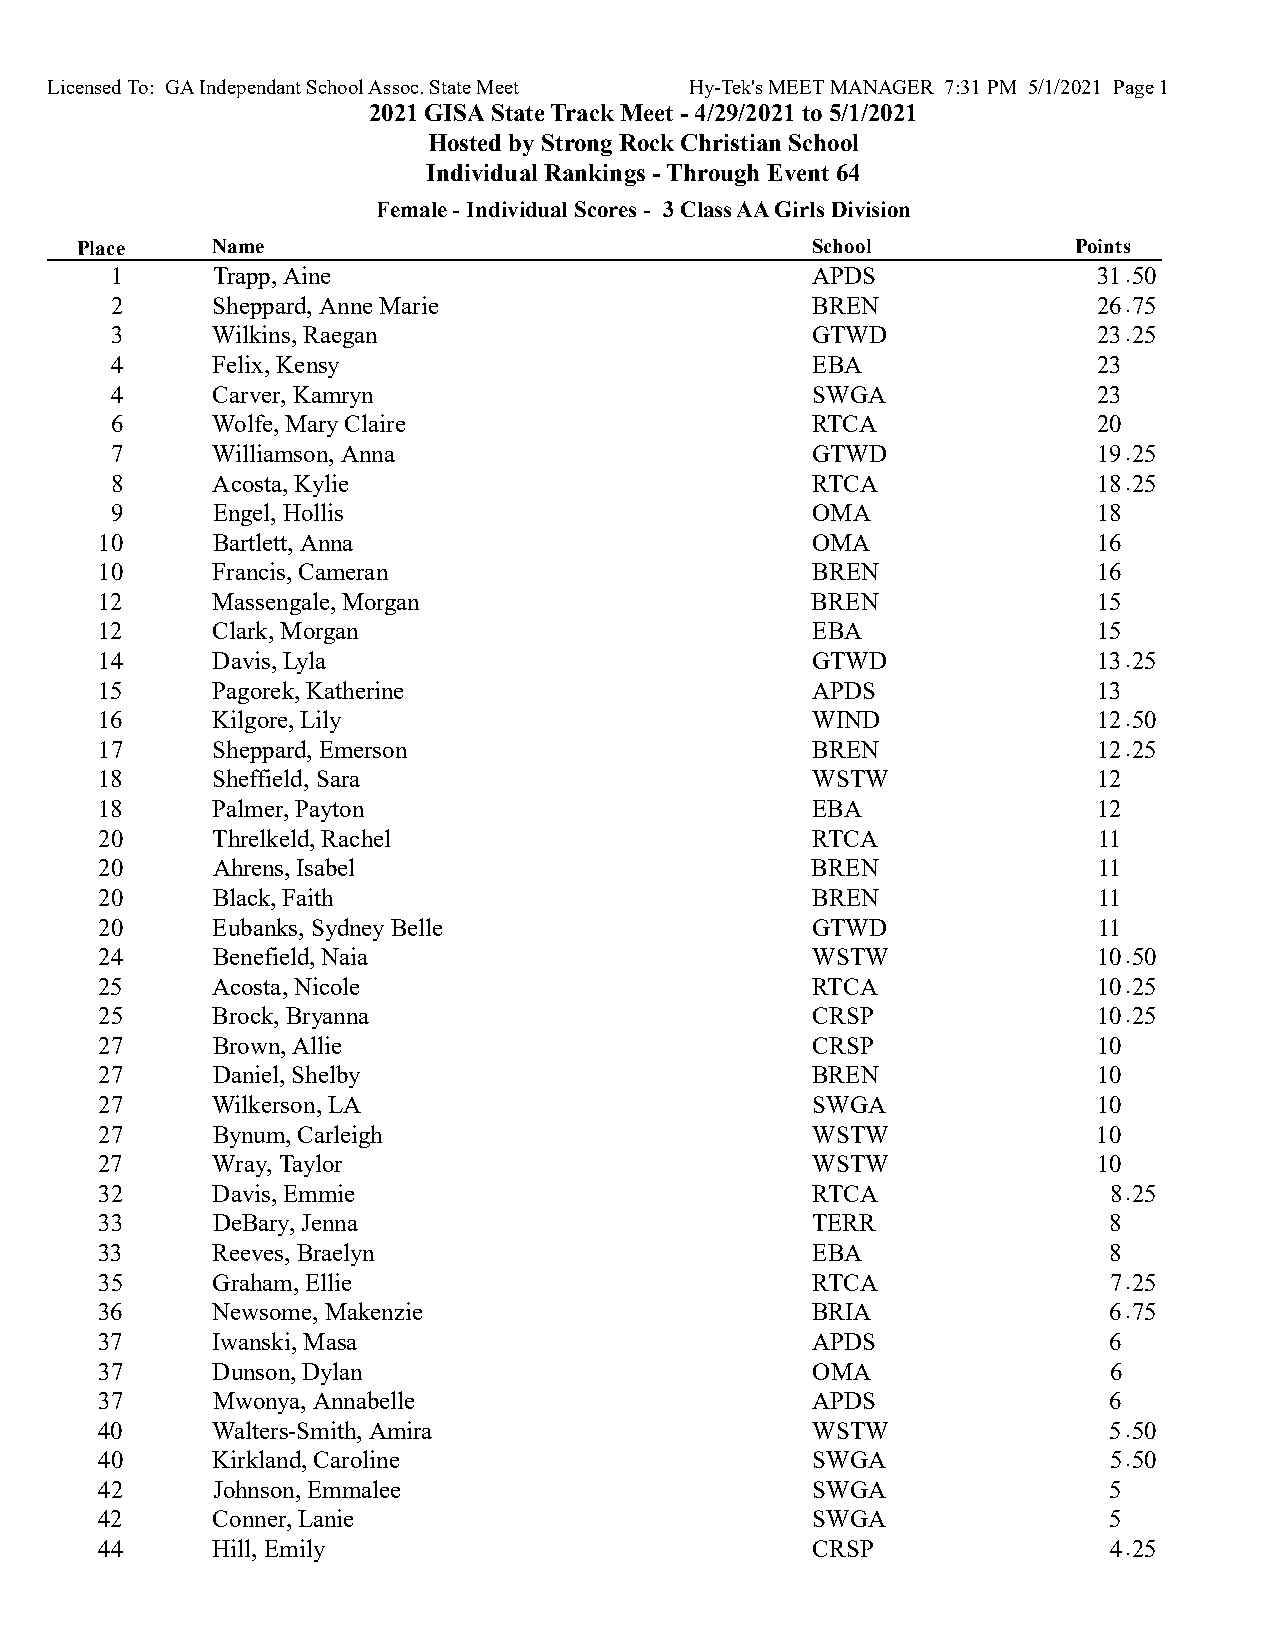
Licensed To: GA Independant School Assoc. State Meet Hy-Tek's MEET MANAGER 7:31 PM 5/1/2021 Page 1
 2021 GISA State Track Meet - 4/29/2021 to 5/1/2021
 Hosted by Strong Rock Christian School
 Individual Rankings - Through Event 64
 Female - Individual Scores - 3 Class AA Girls Division
 Place    Name                                    School           Points
 1      Trapp, Aine                             APDS               31.50
 2      Sheppard, Anne Marie                    BREN               26.75
 3      Wilkins, Raegan                         GTWD               23.25
 4      Felix, Kensy                            EBA                23
 4      Carver, Kamryn                          SWGA               23
 6      Wolfe, Mary Claire                      RTCA               20
 7      Williamson, Anna                        GTWD               19.25
 8      Acosta, Kylie                           RTCA               18.25
 9      Engel, Hollis                           OMA                18
 10     Bartlett, Anna                          OMA                16
 10     Francis, Cameran                        BREN               16
 12     Massengale, Morgan                      BREN               15
 12     Clark, Morgan                           EBA                15
 14     Davis, Lyla                             GTWD               13.25
 15     Pagorek, Katherine                      APDS               13
 16     Kilgore, Lily                           WIND               12.50
 17     Sheppard, Emerson                       BREN               12.25
 18     Sheffield, Sara                         WSTW               12
 18     Palmer, Payton                          EBA                12
 20     Threlkeld, Rachel                       RTCA               11
 20     Ahrens, Isabel                          BREN               11
 20     Black, Faith                            BREN               11
 20     Eubanks, Sydney Belle                   GTWD               11
 24     Benefield, Naia                         WSTW               10.50
 25     Acosta, Nicole                          RTCA               10.25
 25     Brock, Bryanna                          CRSP               10.25
 27     Brown, Allie                            CRSP               10
 27     Daniel, Shelby                          BREN               10
 27     Wilkerson, LA                           SWGA               10
 27     Bynum, Carleigh                         WSTW               10
 27     Wray, Taylor                            WSTW               10
 32     Davis, Emmie                            RTCA               8.25
 33     DeBary, Jenna                           TERR               8
 33     Reeves, Braelyn                         EBA                8
 35     Graham, Ellie                           RTCA               7.25
 36     Newsome, Makenzie                       BRIA               6.75
 37     Iwanski, Masa                           APDS               6
 37     Dunson, Dylan                           OMA                6
 37     Mwonya, Annabelle                       APDS               6
 40     Walters-Smith, Amira                    WSTW               5.50
 40     Kirkland, Caroline                      SWGA               5.50
 42     Johnson, Emmalee                        SWGA               5
 42     Conner, Lanie                           SWGA               5
 44     Hill, Emily                             CRSP               4.25